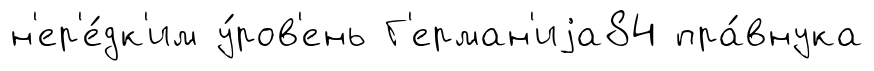
н'ер'е́дк'им у́ров'ень Г'ерман'иjа84 пра́внука